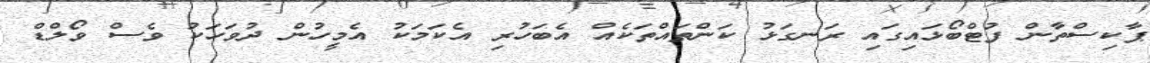
ޕާކިސްތާން ފުޓްބޯޅައިގައި ރަނގަޅު ކަންތައްތަކެއް އެބަހުރި އެކަމަކު އެމީހުން ދުވަހަކު ވެސް ވޯލްޑް